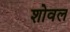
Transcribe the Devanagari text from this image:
शोवल